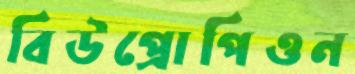
বিউপ্রোপিওন